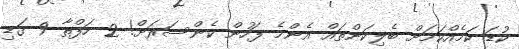
ކުޑަ ކަމެއްކަމަށް ބެލިކަންތައް އެންމެ ފަހުން ކެންސަރަށް! 2 ހަފްތާ 9 ގަޑި